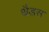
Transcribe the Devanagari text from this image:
थैडस